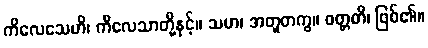
ကိလေသေဟိ၊ ကိလေသာတို့နှင့်။ သဟ၊ အတူတကွ။ ဝတ္တတိ၊ ဖြစ်၏။